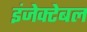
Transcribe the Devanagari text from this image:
इंजेक्टेबल